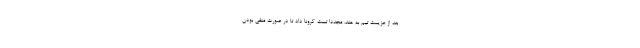
بعد از عزیمت تیم به هند، مجددا تست کرونا داد تا در صورت منفی بودن